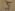
Text: 5